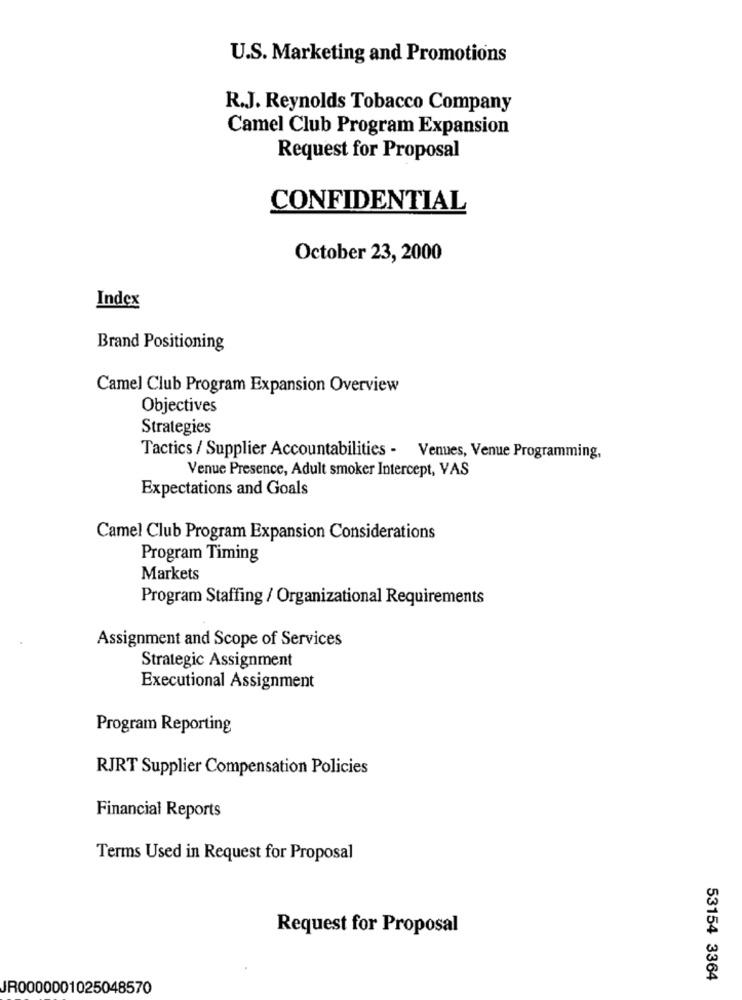
U.S. Marketing and Promotions
R.J. Reynolds Tobacco Company
Camel Club Program Expansion
Request for Proposal
CONFIDENTIAL
October 23, 2000
Index
Brand Positioning
Camel Club Program Expansion Overview
Objectives
Strategies
Tactics / Supplier Accountabilities - Venues, Venue Programming,
Venue Presence, Adult smoker Intercept, VAS
Expectations and Goals
Camel Club Program Expansion Considerations
Program Timing
Markets
Program Staffing / Organizational Requirements
Assignment and Scope of Services
Strategic Assignment
Executional Assignment
Program Reporting
RJRT Supplier Compensation Policies
Financial Reports
Terms Used in Request for Proposal
Request for Proposal
53154 3364
JR0000001025048570